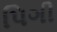
પિગી